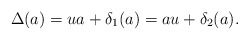
\begin{align*}\Delta(a) = ua + \delta_1(a) = au + \delta_2(a).\end{align*}